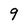
Character: 9